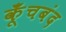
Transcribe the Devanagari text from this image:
कूँचबंद